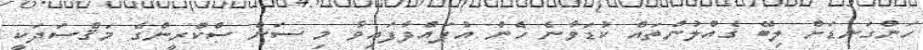
ހަންގަނޑަށް ލިބޭ ގެއްލުންތައް ކުޑަވާނެ ހެން އުފައްދާފައިވާ މި ސަން ސްކްރީންގެ މަޤްސަދަކީ